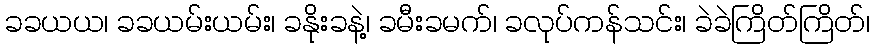
ခခယယ၊ ခခယမ်းယမ်း၊ ခနိုးခနဲ့၊ ခမီးခမက်၊ ခလုပ်ကန်သင်း၊ ခဲခဲကြိတ်ကြိတ်၊